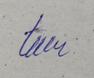
Signature authenticity: genuine